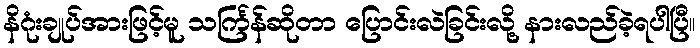
နိဂုံးချုပ်အားဖြင့်မူ သင်္ကြန်ဆိုတာ ပြောင်းလဲခြင်းလို့ နားလည်ခဲ့ရပါပြီ။